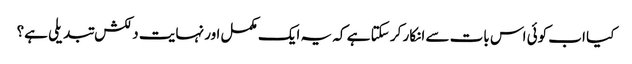
کیا اب کوئی اس بات سے انکار کر سکتا ہے کہ یہ ایک مکمل اور نہایت دلکش تبدیلی ہے؟